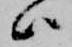
ハ